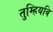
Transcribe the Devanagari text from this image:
तुम्हियबि